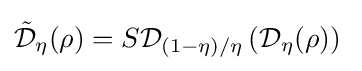
{\tilde {\mathcal {D}}}_{\eta }(\rho )=S{\mathcal {D}}_{(1-\eta )/\eta }\left({\mathcal {D}}_{\eta }(\rho )\right)\;